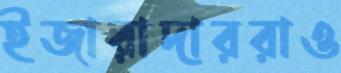
ইজারাদাররাও